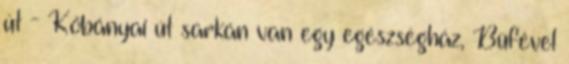
út - Kőbányai út sarkán van egy egészségház, Büfével